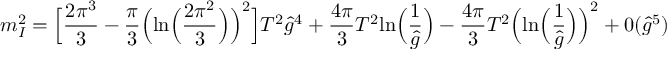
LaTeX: m _ { I } ^ { 2 } = \Bigl [ { \frac { 2 \pi ^ { 3 } } { 3 } } - { \frac { \pi } { 3 } } \Big ( \mathrm { l n } \Big ( { \frac { 2 \pi ^ { 2 } } { 3 } } \Big ) \Big ) ^ { 2 } \Big ] T ^ { 2 } { \hat { g } } ^ { 4 } + { \frac { 4 \pi } { 3 } } T ^ { 2 } \mathrm { l n } \Big ( { \frac { 1 } { \hat { g } } } \Big ) - { \frac { 4 \pi } { 3 } } T ^ { 2 } \Big ( \mathrm { l n } \Big ( { \frac { 1 } { \hat { g } } } \Big ) \Big ) ^ { 2 } + 0 ( { \hat { g } } ^ { 5 } )